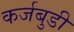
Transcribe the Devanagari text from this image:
कर्जबुडी